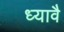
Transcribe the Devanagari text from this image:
ध्यावै